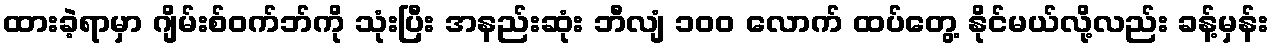
ထားခဲ့ရာမှာ ဂျိမ်းစ်ဝက်ဘ်ကို သုံးပြီး အနည်းဆုံး ဘီလျံ ၁၀၀ လောက် ထပ်တွေ့ နိုင်မယ်လို့လည်း ခန့်မှန်း